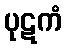
ပုဋကံ